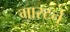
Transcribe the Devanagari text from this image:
मास्टर्न